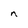
Character: n